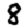
Digit: 8